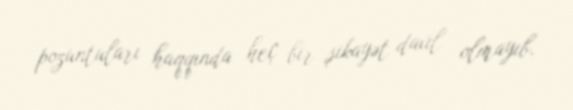
pozuntuları haqqında heç bir şikayət daxil olmayıb.